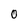
Character: O